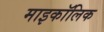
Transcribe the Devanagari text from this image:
माइकॉलिक